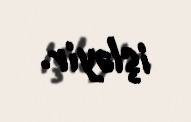
işləyir.